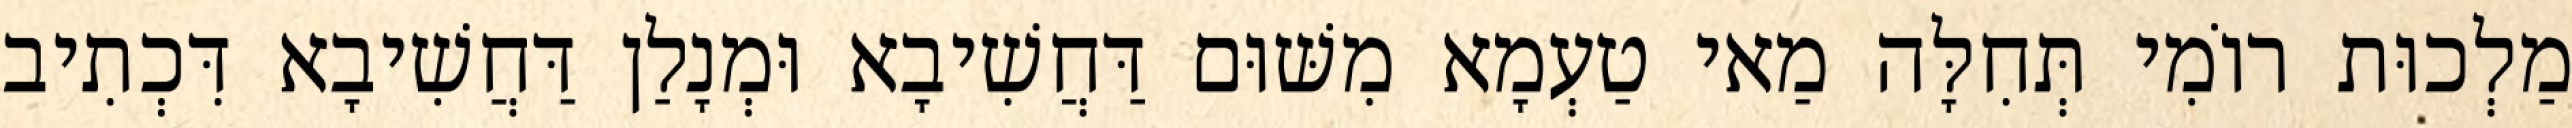
מַלְכוּת רוֹמִי תְּחִלָּה מַאי טַעְמָא מִשּׁוּם דַּחֲשִׁיבָא וּמְנָלַן דַּחֲשִׁיבָא דִּכְתִיב